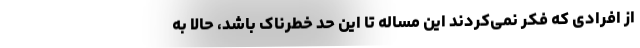
از افرادی که فکر نمی‌کردند این مساله تا این حد خطرناک باشد، حالا به